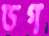
ডগ